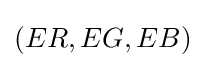
(ER,EG,EB)